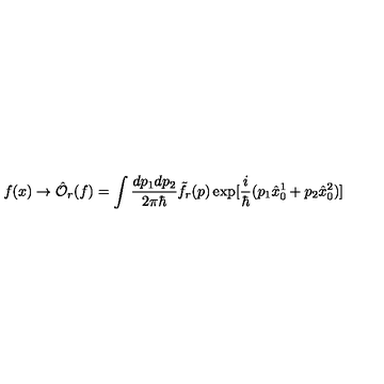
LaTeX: f ( x ) \to { \hat { \mathcal O } } _ { r } ( f ) = \int \frac { d p _ { 1 } d p _ { 2 } } { 2 \pi \hbar } { \tilde { f } } _ { r } ( p ) \exp [ \frac { i } { \hbar } ( p _ { 1 } { \hat { x } } _ { 0 } ^ { 1 } + p _ { 2 } { \hat { x } } _ { 0 } ^ { 2 } ) ]